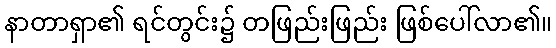
နာတာရှာ၏ ရင်တွင်း၌ တဖြည်းဖြည်း ဖြစ်ပေါ်လာ၏။